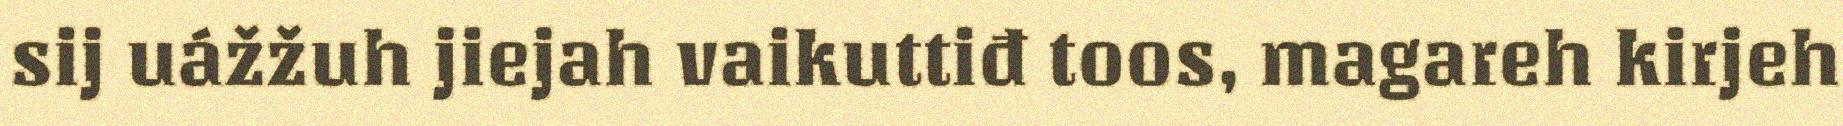
sij uážžuh jiejah vaikuttiđ toos, magareh kirjeh